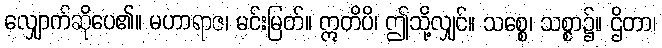
လျှောက်ဆိုပေ၏။ မဟာရာဇ၊ မင်းမြတ်။ ဣတိပိ၊ ဤသို့လျှင်။ သစ္စေ၊ သစ္စာ၌။ ဌိတာ၊